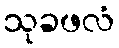
သုခဖလံ